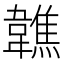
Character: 𩏢